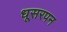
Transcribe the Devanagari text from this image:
धूसरपन